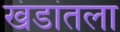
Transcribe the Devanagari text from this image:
खंडांतला